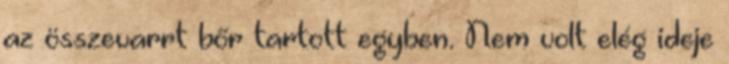
az összevarrt bőr tartott egyben. Nem volt elég ideje